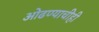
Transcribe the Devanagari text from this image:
ओढण्याचीही